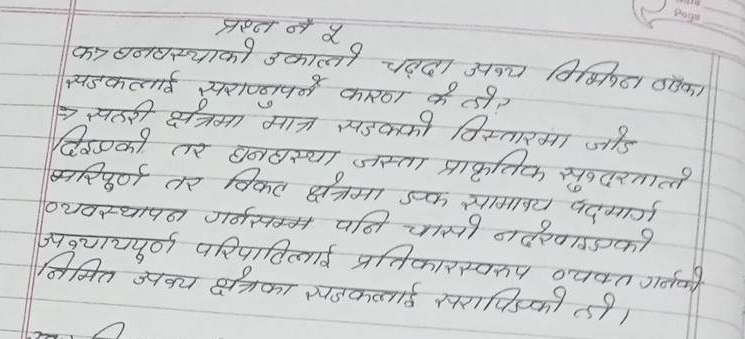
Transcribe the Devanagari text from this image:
प्रश्न नै ५
Page
कर घनवस्थाको उकालो चढ्दा अन्य विभिन एका
सडकलाई सराप्नपर्ने कारण के होर
→ सहरी क्षेत्रमा मात्र सडकको विस्तारमा जोड
दिइएको तर घनहास्या जस्ता प्राकृतिक सुन्दरताप्ले
मरिपूर्ण तर विकट क्षेत्रमा एक सामानय पद्‌मार्ग
व्यवस्थापन गर्नसम्म पनि चासो नदरणइएको
अन्यायपूर्ण परिपाटिलाई प्रतिकारस्वरूप व्यक्त गर्नको
निमित अन्य क्षेत्रका सडकलाई सरापिङको हो।